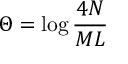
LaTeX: \Theta = \log \displaystyle \frac { 4 N } { { \cal M } L }